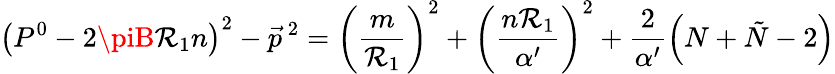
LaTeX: \left(P^{0}-2\piB\mathcal{R}_{1}n\right)^{2}-{\vec{{p}}}^{~2}=\left(\frac{{m}}{{\mathcal{R}_{1}}}\right)^{2}+\left(\frac{{n\mathcal{R}_{1}}}{{\alpha^{\prime}}}\right)^{2}+\frac{{2}}{{\alpha^{\prime}}}\left(N+\tilde{{N}}-2\right)